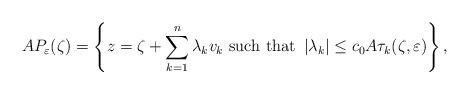
LaTeX: \begin{align*}AP_{\varepsilon}(\zeta)=\left\{ z=\zeta+\sum_{k=1}^{n}\lambda_{k}v_{k}\mbox{ such that }\left|\lambda_{k}\right|\leq c_{0}A\tau_{k}(\zeta,\varepsilon)\right\} ,\end{align*}